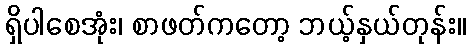
ရှိပါစေအုံး၊ စာဖတ်ကတော့ ဘယ့်နှယ်တုန်း။